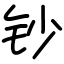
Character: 钞